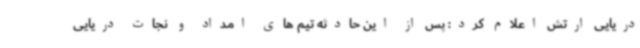
دریایی ارتش اعلام کرد: پس از این حادثه تیم های امداد و نجات دریایی